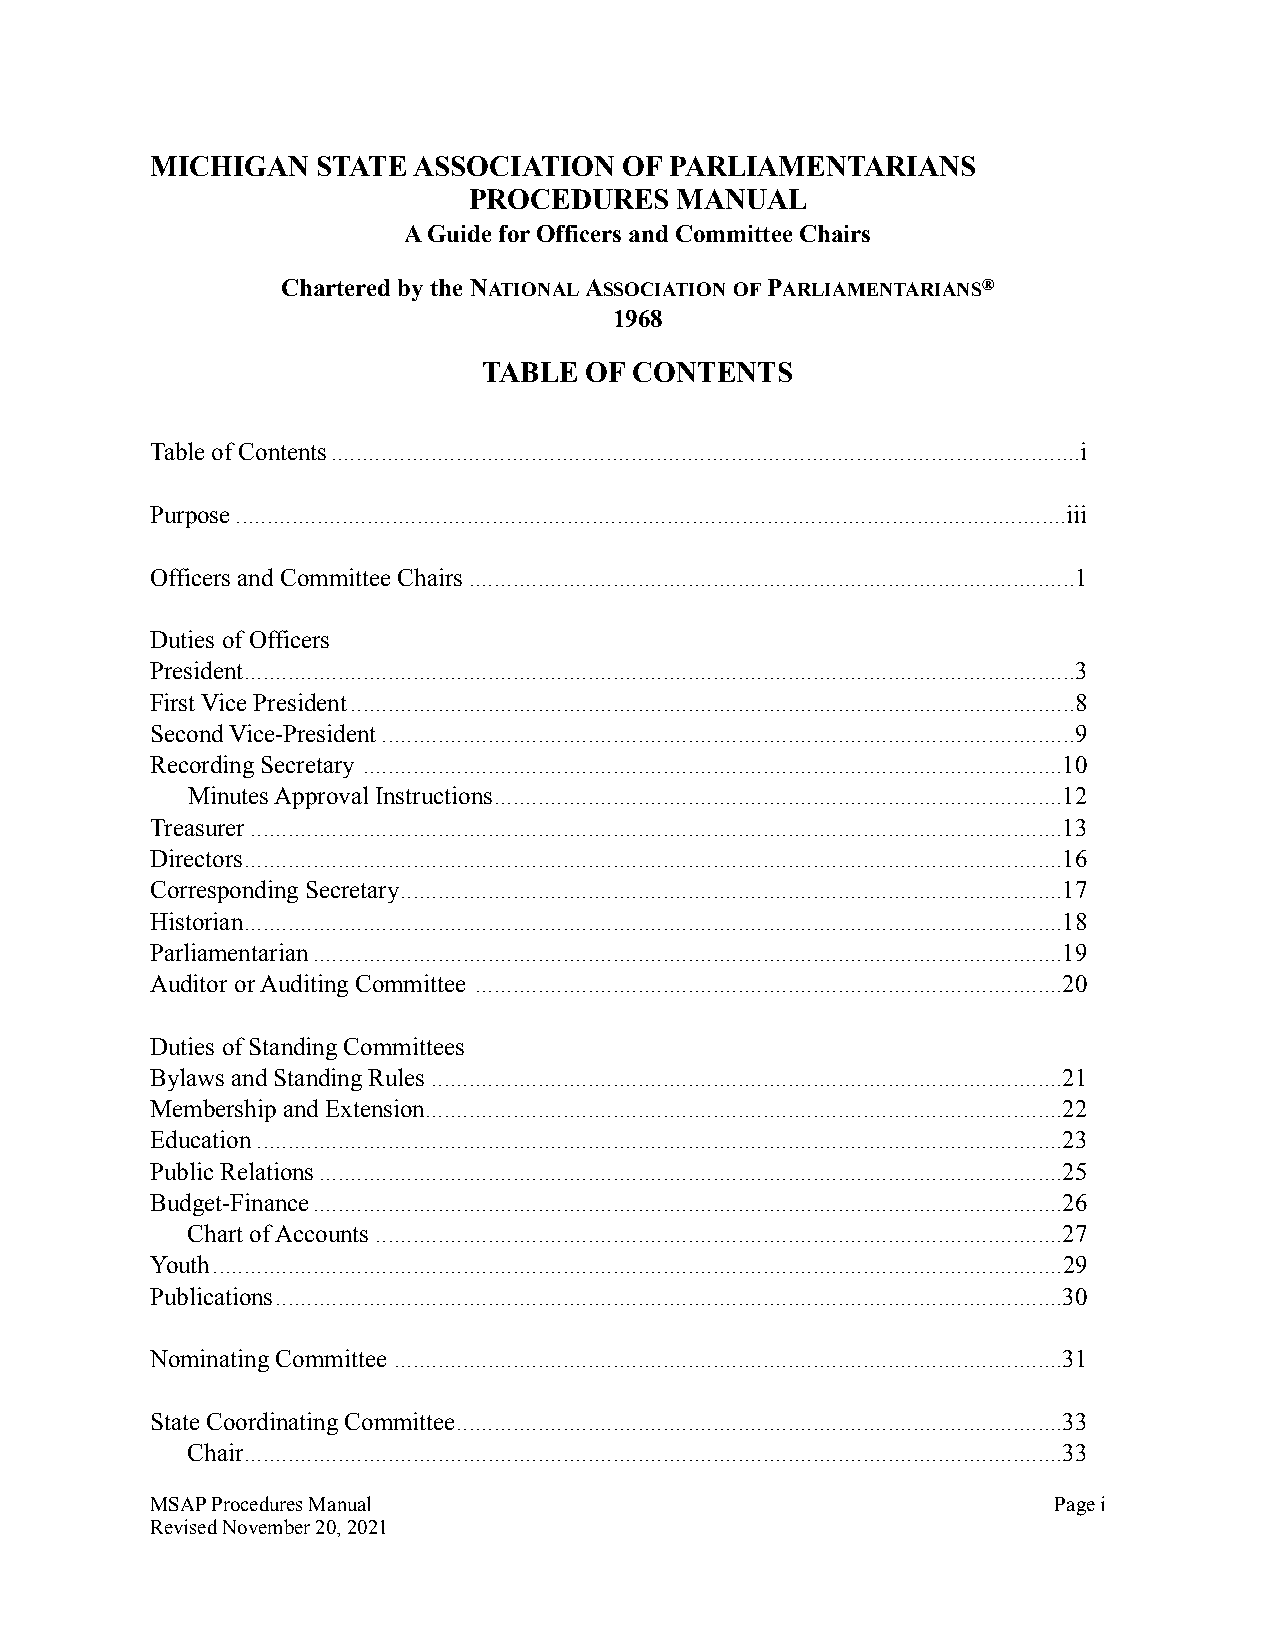
MICHIGAN   STATE ASSOCIATION   OF PARLIAMENTARIANS
 PROCEDURES    MANUAL
 A Guide for Officers and Committee Chairs
 Chartered by the NATIONAL ASSOCIATION OF PARLIAMENTARIANS®
 1968
 TABLE  OF CONTENTS
 Table of Contents ........................................................................................................................i
 Purpose .....................................................................................................................................iii
 Officers and Committee Chairs .................................................................................................1
 Duties of Officers
 President .....................................................................................................................................3
 First Vice President ....................................................................................................................8
 Second Vice-President ...............................................................................................................9
 Recording Secretary ................................................................................................................10
 Minutes Approval Instructions ...........................................................................................12
 Treasurer ..................................................................................................................................13
 Directors ...................................................................................................................................16
 Corresponding Secretary ..........................................................................................................17
 Historian ...................................................................................................................................18
 Parliamentarian ........................................................................................................................19
 Auditor or Auditing Committee ..............................................................................................20
 Duties of Standing Committees
 Bylaws and Standing Rules .....................................................................................................21
 Membership and Extension ......................................................................................................22
 Education .................................................................................................................................23
 Public Relations .......................................................................................................................25
 Budget-Finance ........................................................................................................................26
 Chart of Accounts ..............................................................................................................27
 Youth ........................................................................................................................................29
 Publications ..............................................................................................................................30
 Nominating Committee ...........................................................................................................31
 State Coordinating Committee .................................................................................................33
 Chair ...................................................................................................................................33
 MSAP Procedures Manual                                      Page i
 Revised November 20, 2021